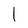
Character: l